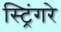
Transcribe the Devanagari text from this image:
स्ट्रिंगरे